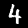
Label: 4